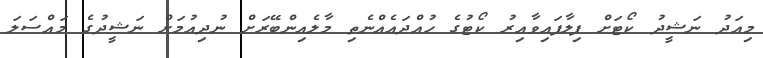
މިއަދު ނަޝީދު ކޯޓަށް ފިލާފައިވާއިރު ކޯޓުގެ ހުއްދައެއްނެތި މާލެއިންބޭރަށް ނުދިއުމަށް ނަޝީދުގެ މައްސަލަ